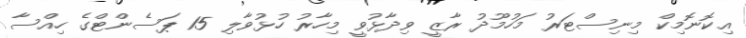
އިކޮނޮމިކް މިނިސްޓަރު މަހުމޫދު ރާޒީ ވިދާޅުވީ މިހާރު ހުޅުވާލި 15 ޕަސެންޓްގެ ހިއްސާ